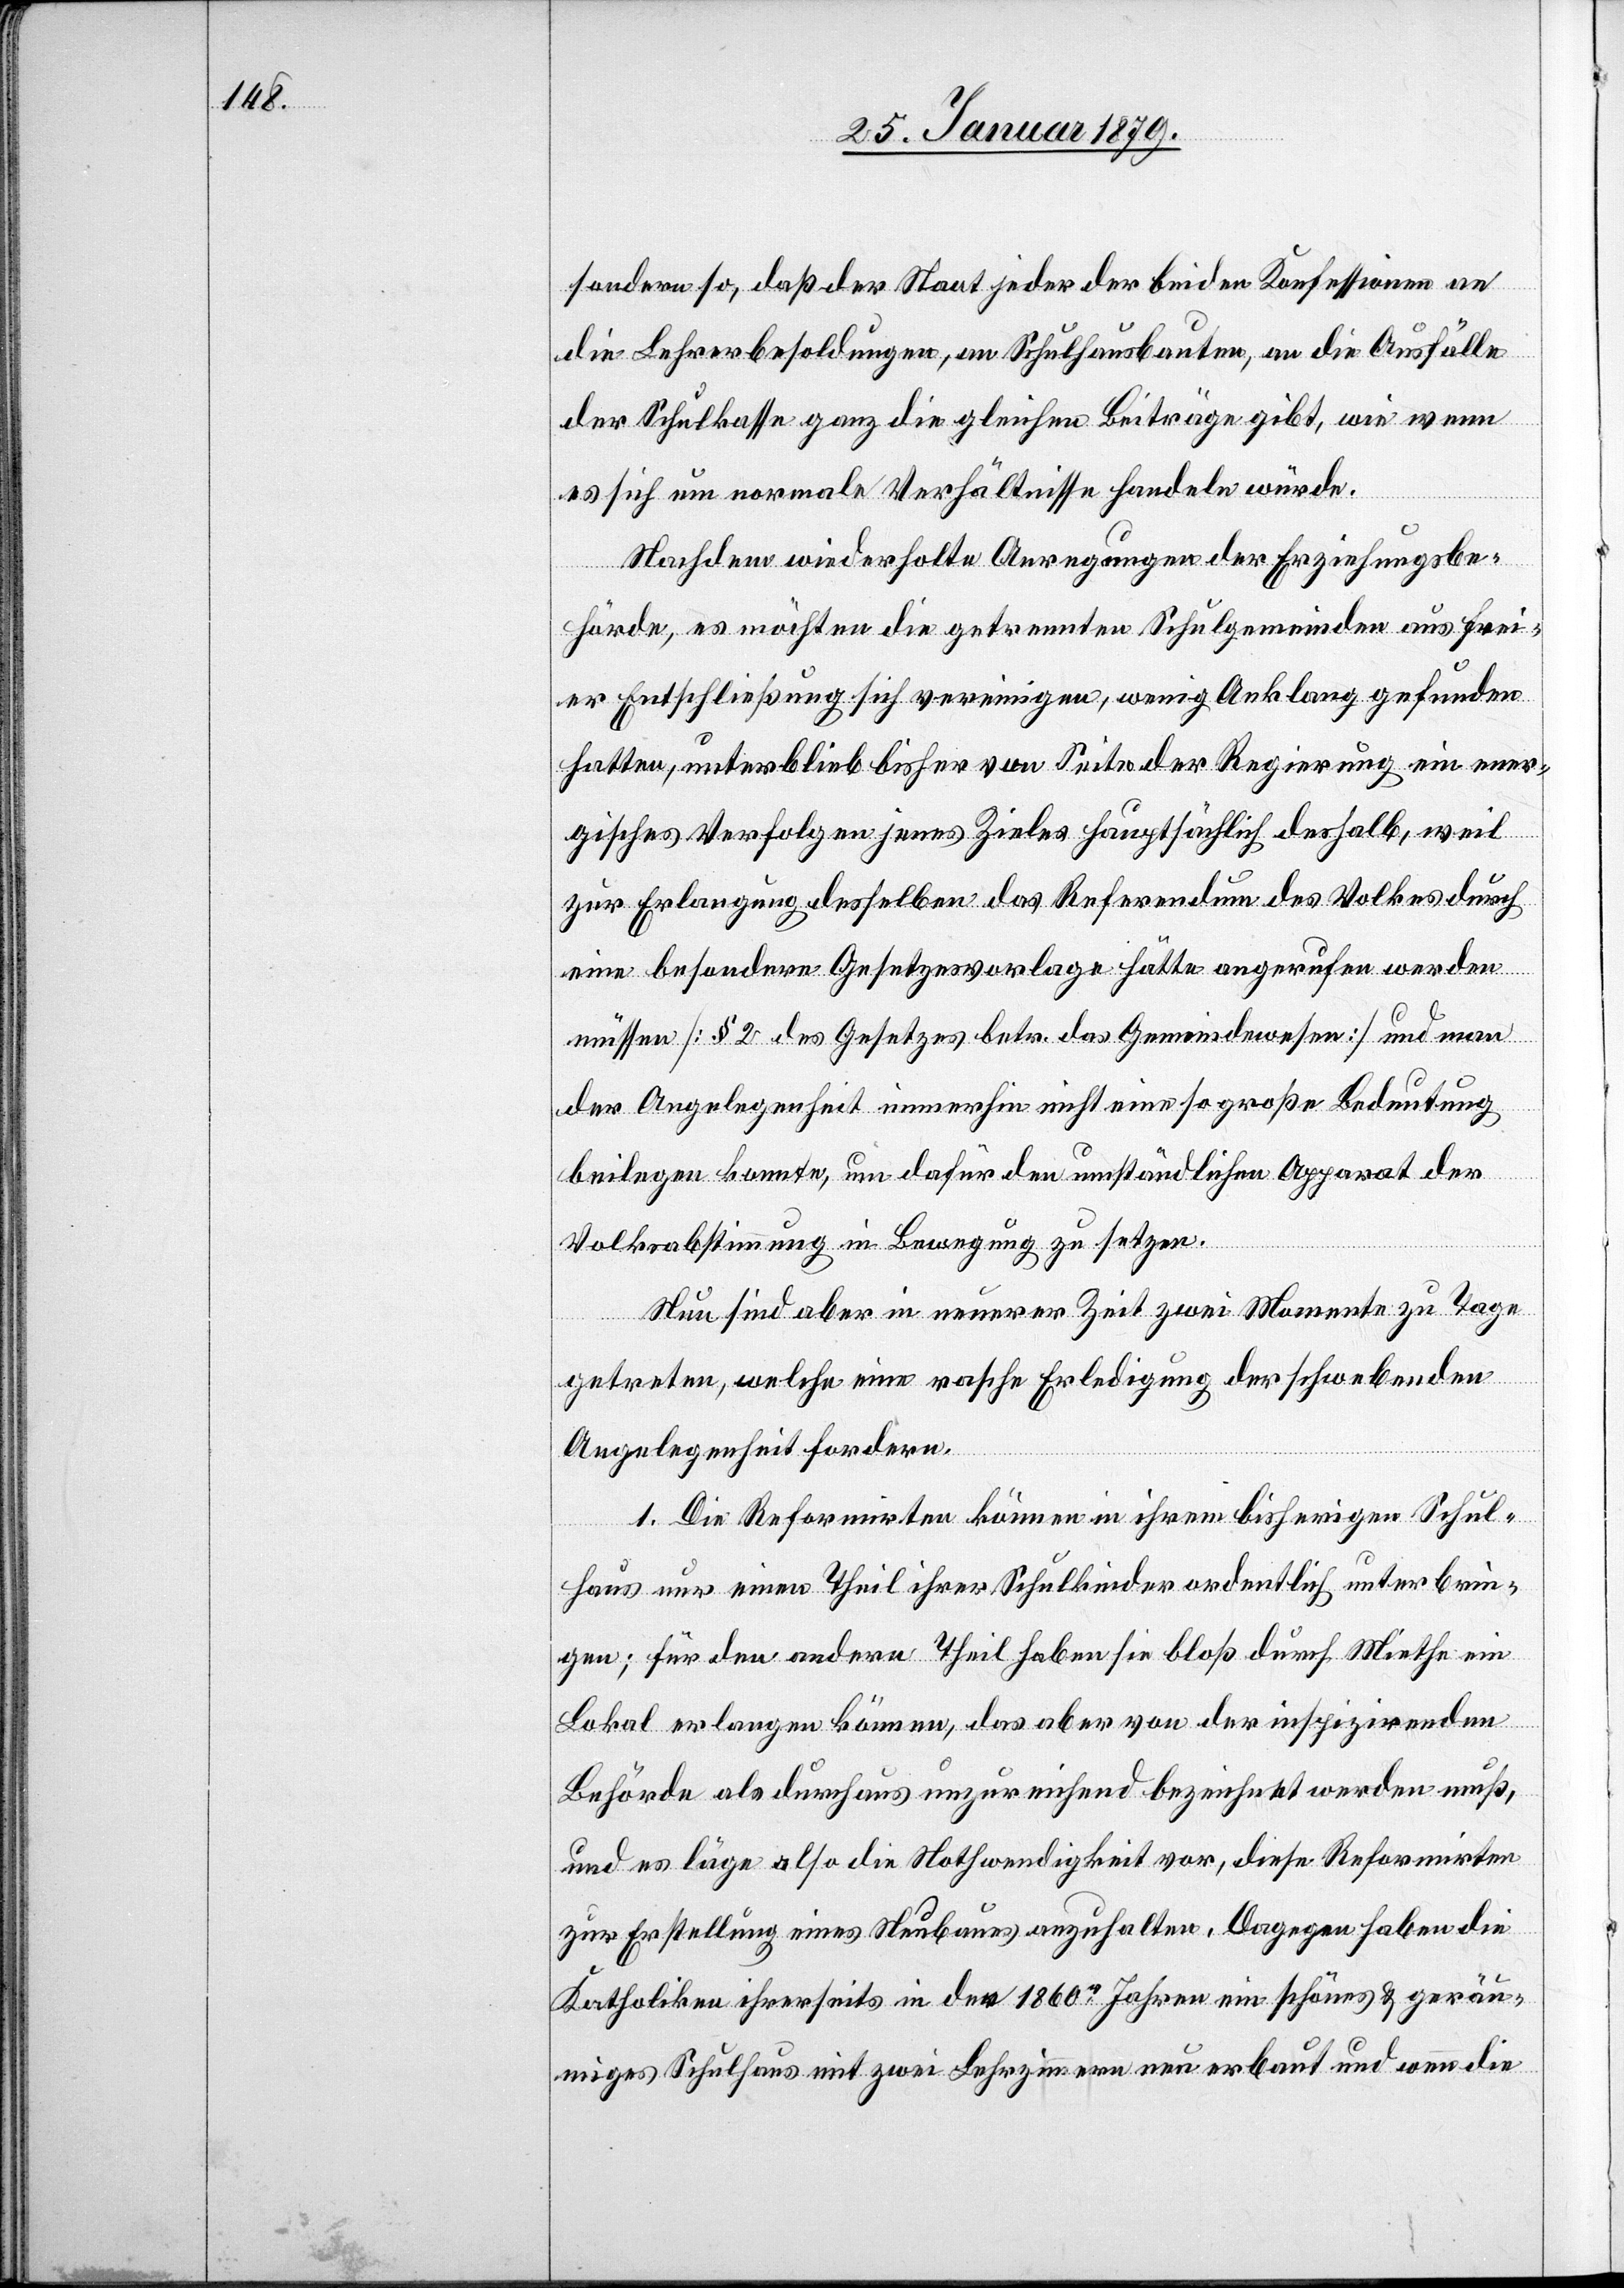
sondern so, daß der Staat jeder der beiden Konfessionen an
die Lehrerbesoldungen, an Schulhausbauten, an die Ausfälle
der Schulkasse ganz die gleichen Beiträge gibt, wie wenn
es sich um normale Verhältnisse handeln würde.
Nachdem wiederholte Anregungen der Erziehungsbe¬
hörde, es möchten die getrennten Schulgemeinden aus frei¬
er Entschließung sich vereinigen, wenig Anklang gefunden
hatten, unterblieb bisher von Seite der Regierung ein ener¬
gisches Verfolgen jenes Zieles hauptsächlich deshalb, weil
zur Erlangung desselben das Referendum des Volkes durch
eine besondere Gesetzesvorlage hätte angerufen werden
müssen [§ 2 des Gesetzes betr. das Gemeindewesen] und man
der Angelegenheit immerhin nicht eine so große Bedeutung
beilegen konnte, um dafür den umständlichen Apparat der
Volksabstimmung in Bewegung zu setzen.
Nun sind aber in neuerer Zeit zwei Momente zu Tage
getreten, welche eine rasche Erledigung der schwebenden
Angelegenheit fordern.
1. Die Reformirten können in ihrem bisherigen Schul¬
haus nur einen Theil ihrer Schulkinder ordentlich unterbrin¬
gen; für den andern Theil haben sie bloß durch Miethe ein
Lokal erlangen können, das aber von der inspizirenden
Behörde als durchaus unzureichend bezeichnet werden muß,
und es läge also die Nothwendigkeit vor, diese Reformirten
zur Erstellung eines Neubaues anzuhalten. Dagegen haben die
Katholiken ihrerseits in den 1860r Jahren ein schönes & geräu¬
miges Schulhaus mit zwei Lehrzimmern neu erbaut und wenn die